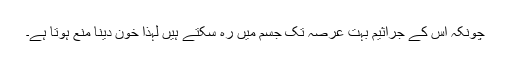
چونکہ اس کے جراثیم بہت عرصہ تک جسم میں رہ سکتے ہیں لہذا خون دینا منع ہوتا ہے۔